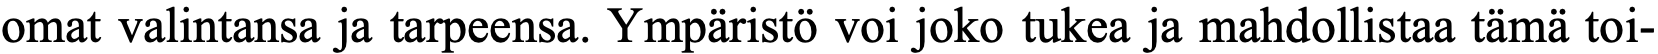
omat valintansa ja tarpeensa. Ympäristö voi joko tukea ja mahdollistaa tämä toi-